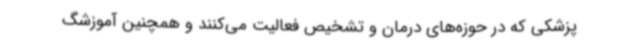
پزشکی که در حوزه‌های درمان و تشخیص فعالیت می‌کنند و همچنین آموزشگ